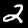
Label: 2